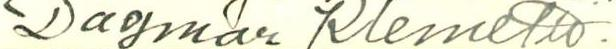
Dagmar Klemetti.